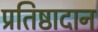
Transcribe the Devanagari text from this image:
प्रतिष्ठादान